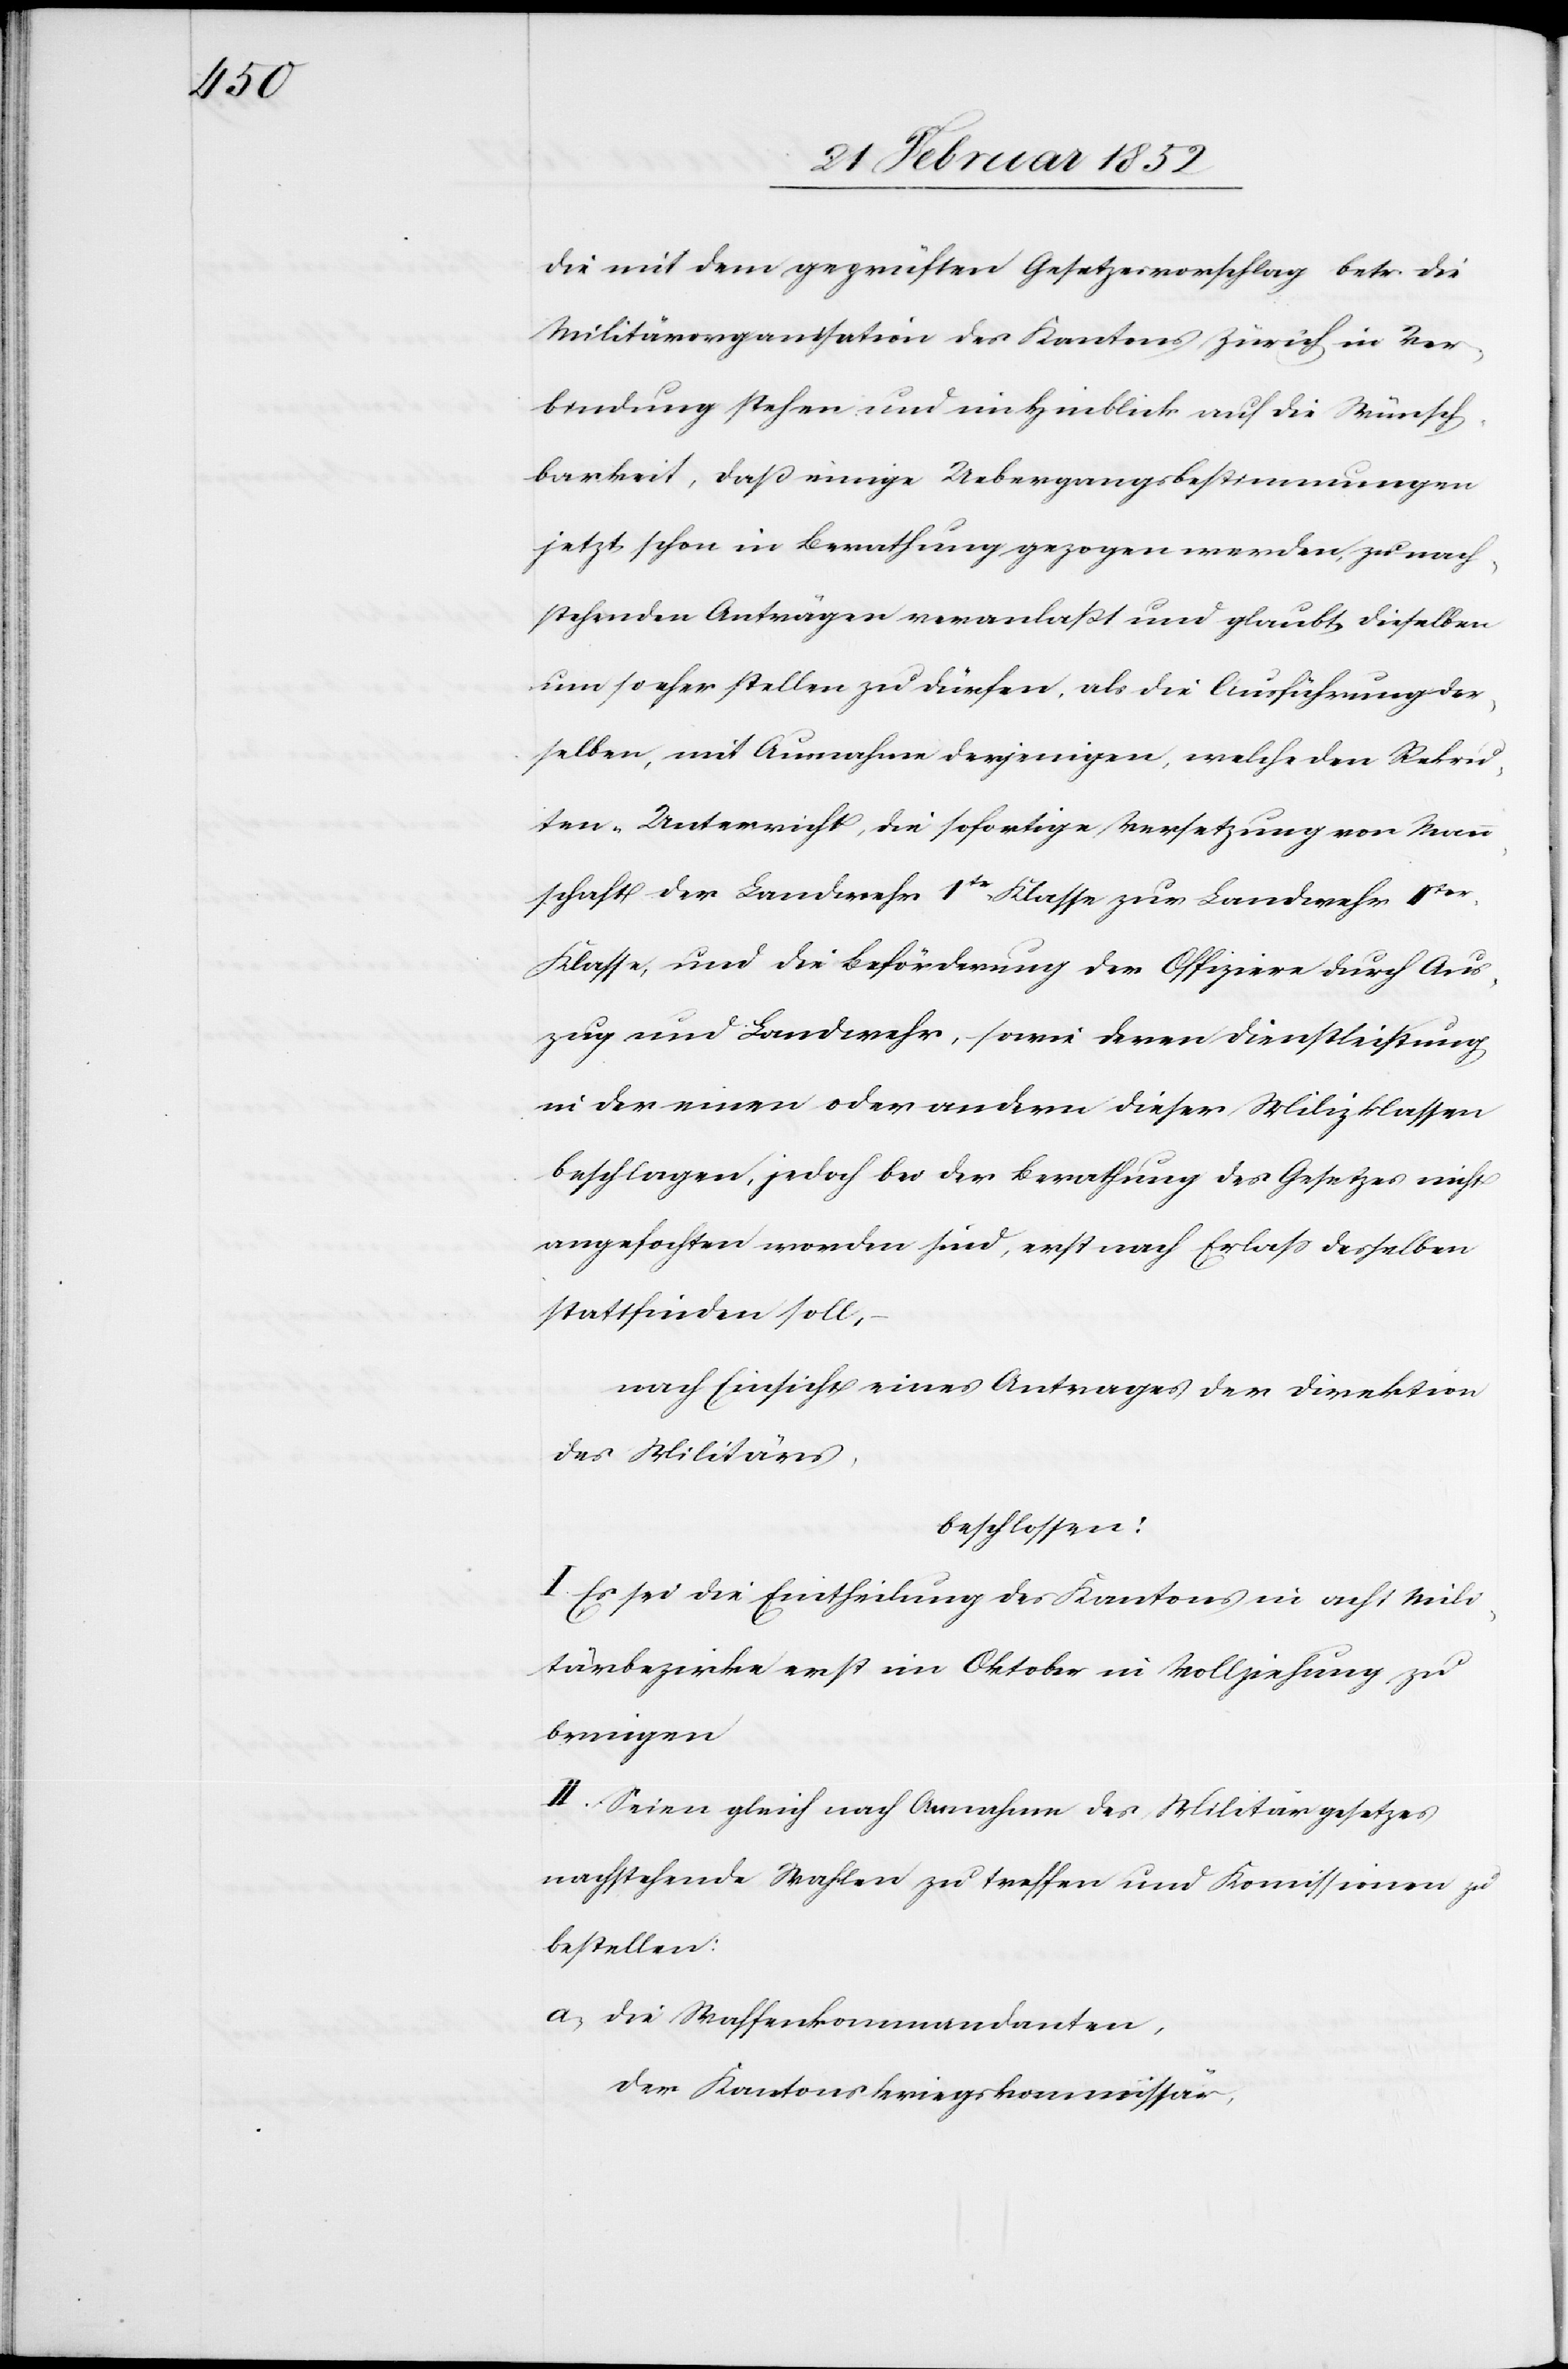
die mit dem geprüften Gesetzesvorschlag betr. die
Militärorganisation des Kantons Zürich in Ver¬
bindung stehen und in Hinblick auf die Wünsch¬
barkeit, daß einige Uebergangsbestimmungen
jetzt schon in Berathung gezogen werden, zu nach¬
stehenden Anträgen veranlaßt und glaubt dieselben
um so eher stellen zu dürfen, als die Ausführung der¬
selben, mit Ausnahme derjenigen, welche den Rekru¬
ten-Unterricht, die sofortige Versetzung von Mann¬
schaft der Landwehr 1ste Klasse zur Landwehr IIter
Klasse, und die Beförderung der Offiziere durch Aus¬
zug und Landwehr, sowie deren Dienstleistung
in der einen oder andern dieser Milizklassen
beschlagen, jedoch bei der Berathung des Gesetzes nicht
angefochten worden sind, erst nach Erlaß derselben
stattfinden soll,
nach Einsicht eines Antrages der Direktion
des Militärs,
beschlossen:
I. Es sei die Eintheilung des Kantons in acht Mili¬
tärbezirke erst im Oktober in Vollziehung zu
bringen.
II. Seien gleich nach Annahme des Militärgesetzes
nachstehende Wahlen zu treffen und Kommissionen zu
bestellen:
a) die Waffenkommandanten,
der Kantonskriegskommissär,